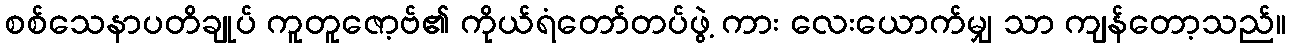
စစ်သေနာပတိချုပ် ကူတူဇော့ဗ်၏ ကိုယ်ရံတော်တပ်ဖွဲ့ ကား လေးယောက်မျှ သာ ကျန်တော့သည်။